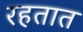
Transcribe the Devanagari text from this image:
रहतात